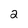
Character: 2